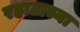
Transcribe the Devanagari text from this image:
रहाटाच्या